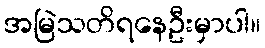
အမြဲသတိရနေဦးမှာပါ။